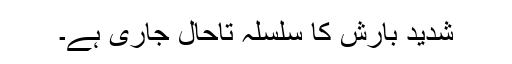
شدید بارش کا سلسلہ تاحال جاری ہے۔